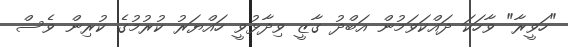
"ހަވީރާ" ވާހަކަ ދައްކަވަމުން އަބްދު ގާޒީ ވިދާޅުވީ ހައްޔަރު ކުރުމުގެ ކުރިން ވެސް